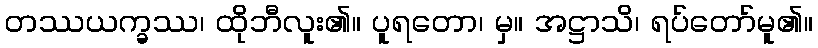
တဿယက္ခဿ၊ ထိုဘီလူး၏။ ပူရတော၊ မှ။ အဋ္ဌာသိ၊ ရပ်တော်မူ၏။